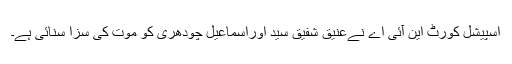
اسپیشل کورٹ این آئی اے نےعنیق شفیق سید اوراسماعیل چودھری کو موت کی سزا سنائی ہے۔